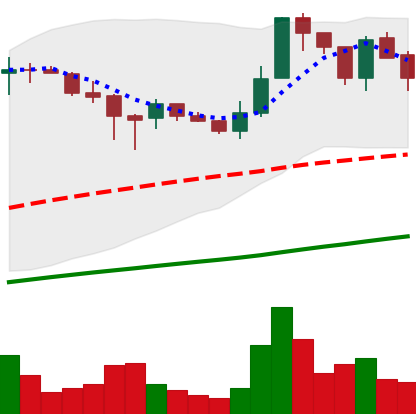
Ticker: LTC-USD
Chart end date: 2017-07-10
Forward return: -16.43%
Label: down_7plus